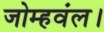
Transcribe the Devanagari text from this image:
जोम्हवंल।